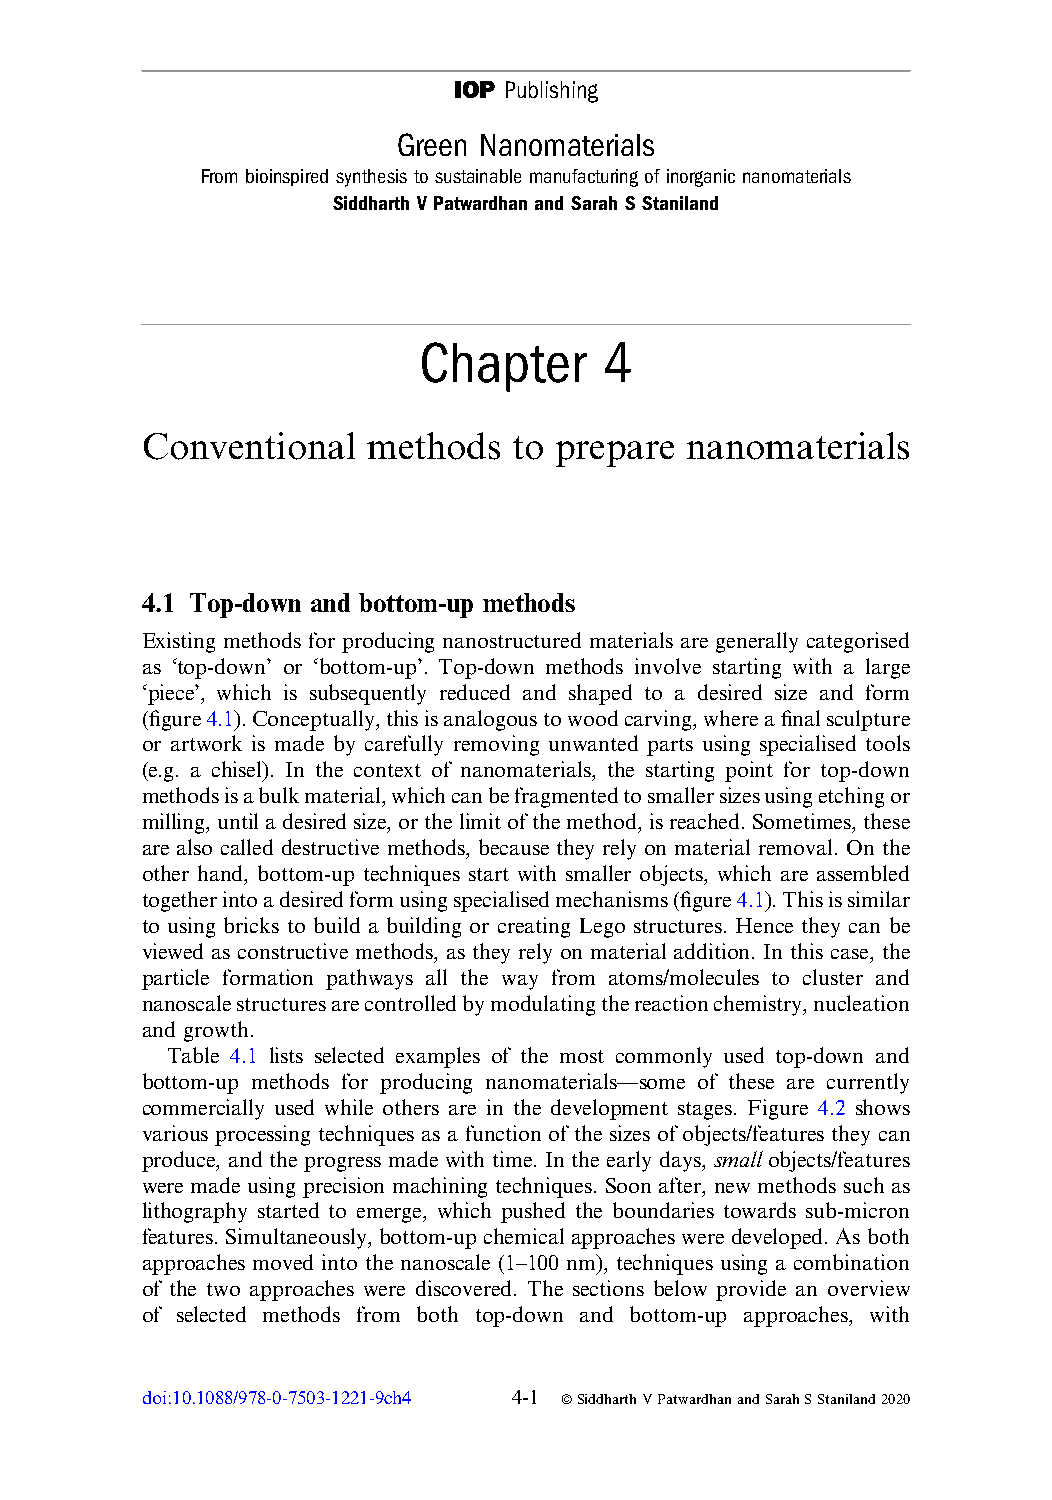
IOP Publishing
 Green Nanomaterials
 From bioinspired synthesis to sustainable manufacturing of inorganic nanomaterials
 Siddharth V Patwardhan and Sarah S Staniland
 Chapter     4
 Conventional   methods   to prepare nanomaterials
 4.1 Top-down and bottom-up methods
 Existing methods for producing nanostructured materials are generally categorised
 as ‘top-down’ or ‘bottom-up’. Top-down methods involve starting with a large
 ‘piece’, which is subsequently reduced and shaped to a desired size and form
 (figure4.1).Conceptually,thisisanalogoustowoodcarving,whereafinalsculpture
 or artwork is made by carefully removing unwanted parts using specialised tools
 (e.g. a chisel). In the context of nanomaterials, the starting point for top-down
 methodsisabulkmaterial,whichcanbefragmentedtosmallersizesusingetchingor
 milling,untiladesiredsize,orthelimitofthemethod,isreached.Sometimes,these
 are also called destructive methods, because they rely on material removal. On the
 other hand, bottom-up techniques start with smaller objects, which are assembled
 togetherintoadesiredformusingspecialisedmechanisms(figure4.1).Thisissimilar
 to using bricks to build a building or creating Lego structures. Hence they can be
 viewed as constructive methods, as they rely on material addition. In this case, the
 particle formation pathways all the way from atoms/molecules to cluster and
 nanoscalestructuresarecontrolledbymodulatingthereactionchemistry,nucleation
 and growth.
 Table 4.1 lists selected examples of the most commonly used top-down and
 bottom-up methods for producing nanomaterials—some of these are currently
 commercially used while others are in the development stages. Figure 4.2 shows
 various processing techniques as a function of the sizes of objects/features they can
 produce, and the progress made with time. In the early days, small objects/features
 were made using precision machining techniques. Soon after, new methods such as
 lithography started to emerge, which pushed the boundaries towards sub-micron
 features. Simultaneously, bottom-up chemical approaches were developed. As both
 approaches moved into the nanoscale (1–100 nm), techniques using a combination
 of the two approaches were discovered. The sections below provide an overview
 of selected methods from both top-down and bottom-up approaches, with
 doi:10.1088/978-0-7503-1221-9ch4 4-1 ªSiddharthVPatwardhanandSarahSStaniland2020